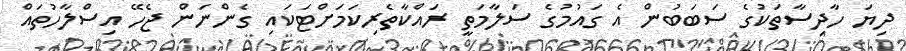
ދިޔަ ހާދިސާތަކުގެ ސަބަބުން އެ ގައުމުގެ ސަލާމަތީ ރައްކާތެރިކަމަށްޓަކައި ގެންނަން ޖެހޭ އިސްލާހުތައް